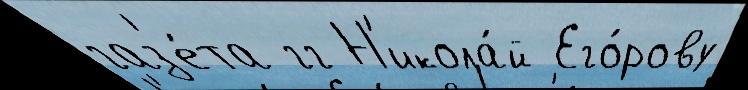
газ'е́та гг Н'икола́й Его́рову